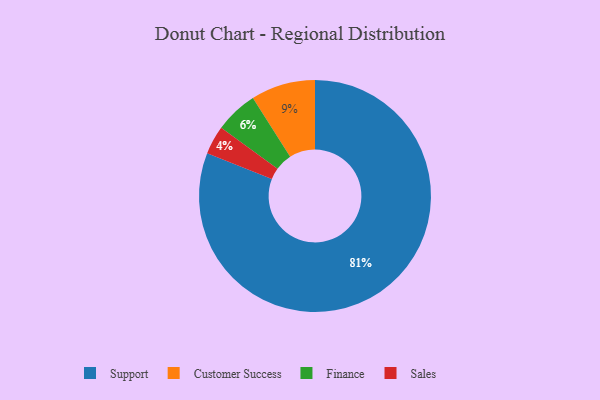
{"axis": {"x": "Category", "y": "Percentage"}, "legend": ["Customer Success", "Finance", "Sales", "Support"], "data": [{"x": "Support", "y": 81, "type": "Support"}, {"x": "Customer Success", "y": 9, "type": "Customer Success"}, {"x": "Finance", "y": 6, "type": "Finance"}, {"x": "Sales", "y": 4, "type": "Sales"}]}